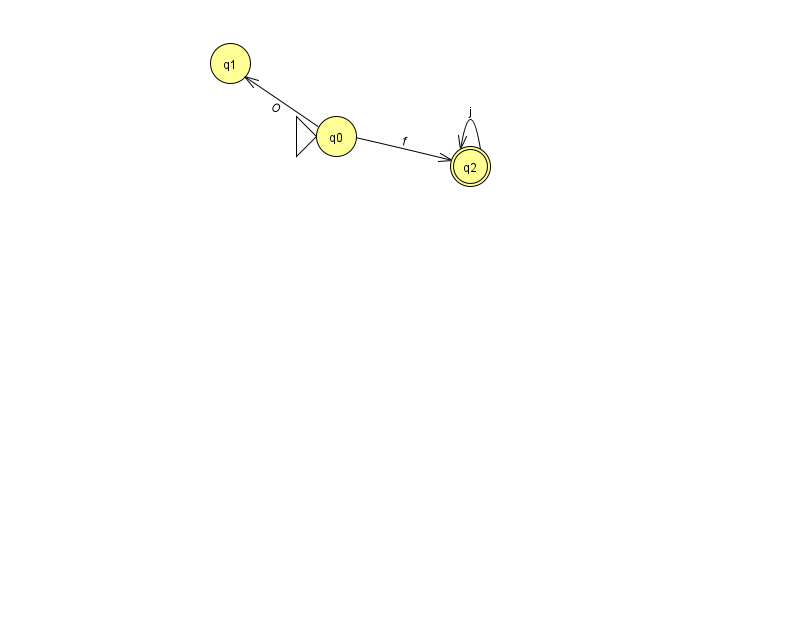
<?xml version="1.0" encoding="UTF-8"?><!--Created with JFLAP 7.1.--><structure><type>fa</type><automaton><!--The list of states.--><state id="0" name="q0"><x>336.0</x><y>123.0</y><initial/></state><state id="1" name="q1"><x>230.0</x><y>50.0</y></state><state id="2" name="q2"><x>470.0</x><y>153.0</y><final/></state><!--The list of transitions.--><transition><from>0</from><to>2</to><read>f</read></transition><transition><from>2</from><to>2</to><read>j</read></transition><transition><from>0</from><to>1</to><read>O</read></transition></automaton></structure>